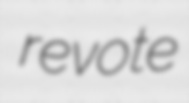
revote